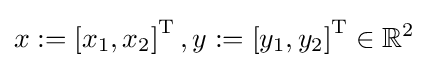
x:=\left[x_{1},x_{2}\right]^{\operatorname {T} },y:=\left[y_{1},y_{2}\right]^{\operatorname {T} }\in \mathbb {R} ^{2}